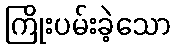
ကြိုးပမ်းခဲ့သော